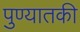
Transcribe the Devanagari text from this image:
पुण्यातकी